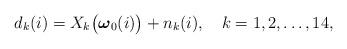
LaTeX: \begin{align*}{d_k(i)}= {X_k \big({\boldsymbol \omega}_0(i)\big)+ n_k(i)},~~~k=1,2, \ldots, 14 ,\end{align*}